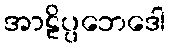
အာဠိပ္ပဘေဒေါ